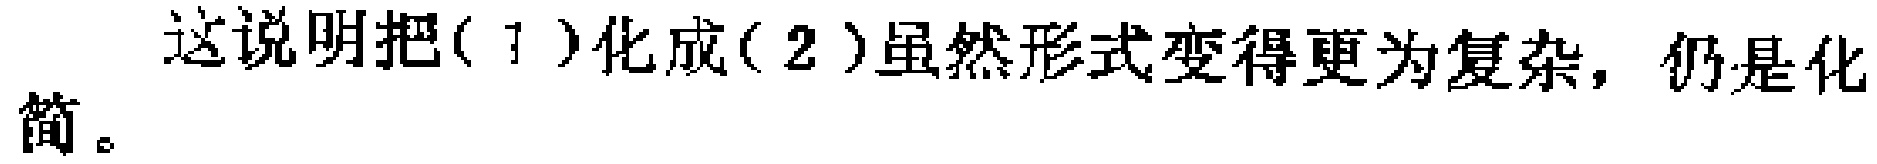
这说明把( 1 )化成( 2 )虽然形式变得更为复杂，仍是化简。